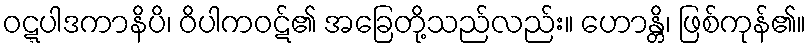
ဝဋ္ဋပါဒကာနိပိ၊ ဝိပါကဝဋ်၏ အခြေတို့သည်လည်း။ ဟောန္တိ၊ ဖြစ်ကုန်၏။